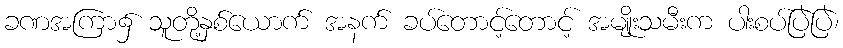
ခဏအကြာ၌ သူတို့နှစ်ယောက် အနက် ခပ်တောင့်တောင့် အမျိုးသမီးက ပါးစပ်ပြဲပြဲ၊